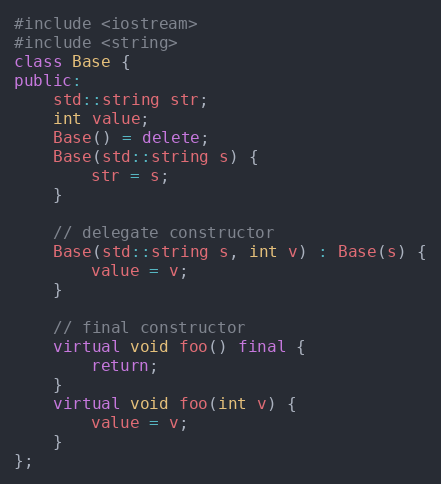
Language: C++
#include <iostream>
#include <string>
class Base {
public:
    std::string str;
    int value;
    Base() = delete;
    Base(std::string s) {
        str = s;
    }

    // delegate constructor
    Base(std::string s, int v) : Base(s) {
        value = v;
    }

    // final constructor
    virtual void foo() final {
        return;
    }
    virtual void foo(int v) {
        value = v;
    }
};